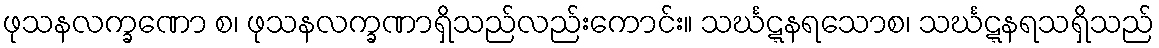
ဖုသနလက္ခဏော စ၊ ဖုသနလက္ခဏာရှိသည်လည်းကောင်း။ သင်္ဃဋ္ဋနရသောစ၊ သင်္ဃဋ္ဋနရသရှိသည်